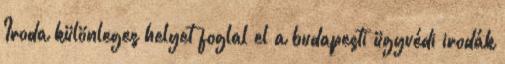
Iroda különleges helyet foglal el a budapesti ügyvédi irodák